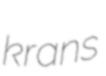
krans